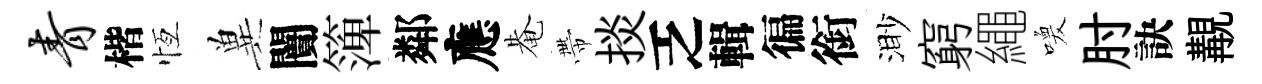
青楷恆兾闠𥱼鄰應𤲅帶掞乏輯徧銜渺窮繩喚肘訣覯